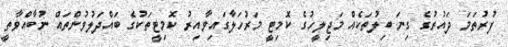
ފުރުތަމަ ދައުރުގެ ގިނަ ބިލުތަކެއް މަޖިލީހުގެ ކޮމިޓީ މަރުހަލާގައިވާއިރު ކޮމިޓީތަކުގެ ބައްދަލުވުންތައް ނުބާއްވާތީ